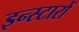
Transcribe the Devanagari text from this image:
इन्स्टारों